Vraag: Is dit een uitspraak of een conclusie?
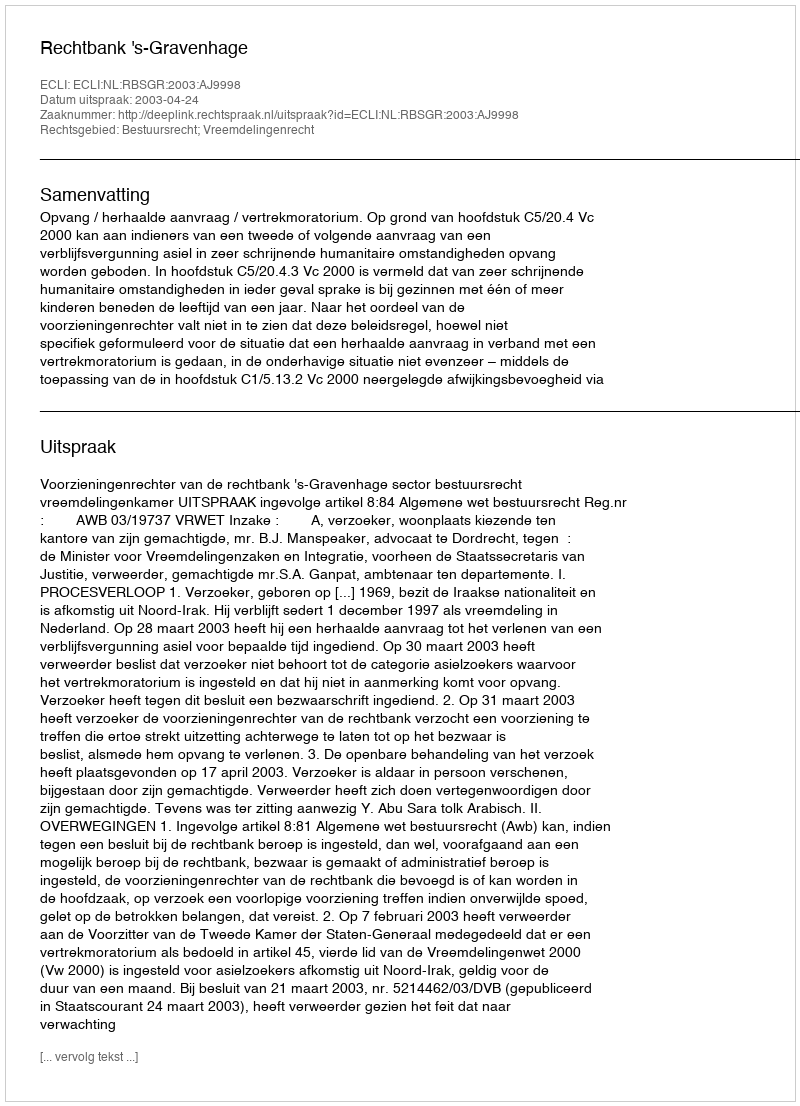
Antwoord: Uitspraak